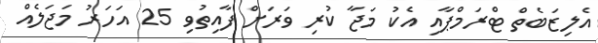
އެލިޒަބެތް ޓްރަމްޕާއި އެކު މަޖާ ކުރި ވަރަށް ފާއިތުވި 25 އަހަރު މަޖަލެއް